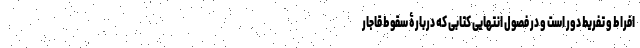
افراط و تفریط دور است و در فصول انتهایی کتابی که دربارۀ سقوط قاجار